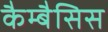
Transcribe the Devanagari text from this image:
कैम्बैसिस